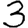
Digit: 3